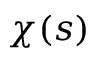
\chi ( s )